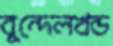
বুন্দেলখন্ড